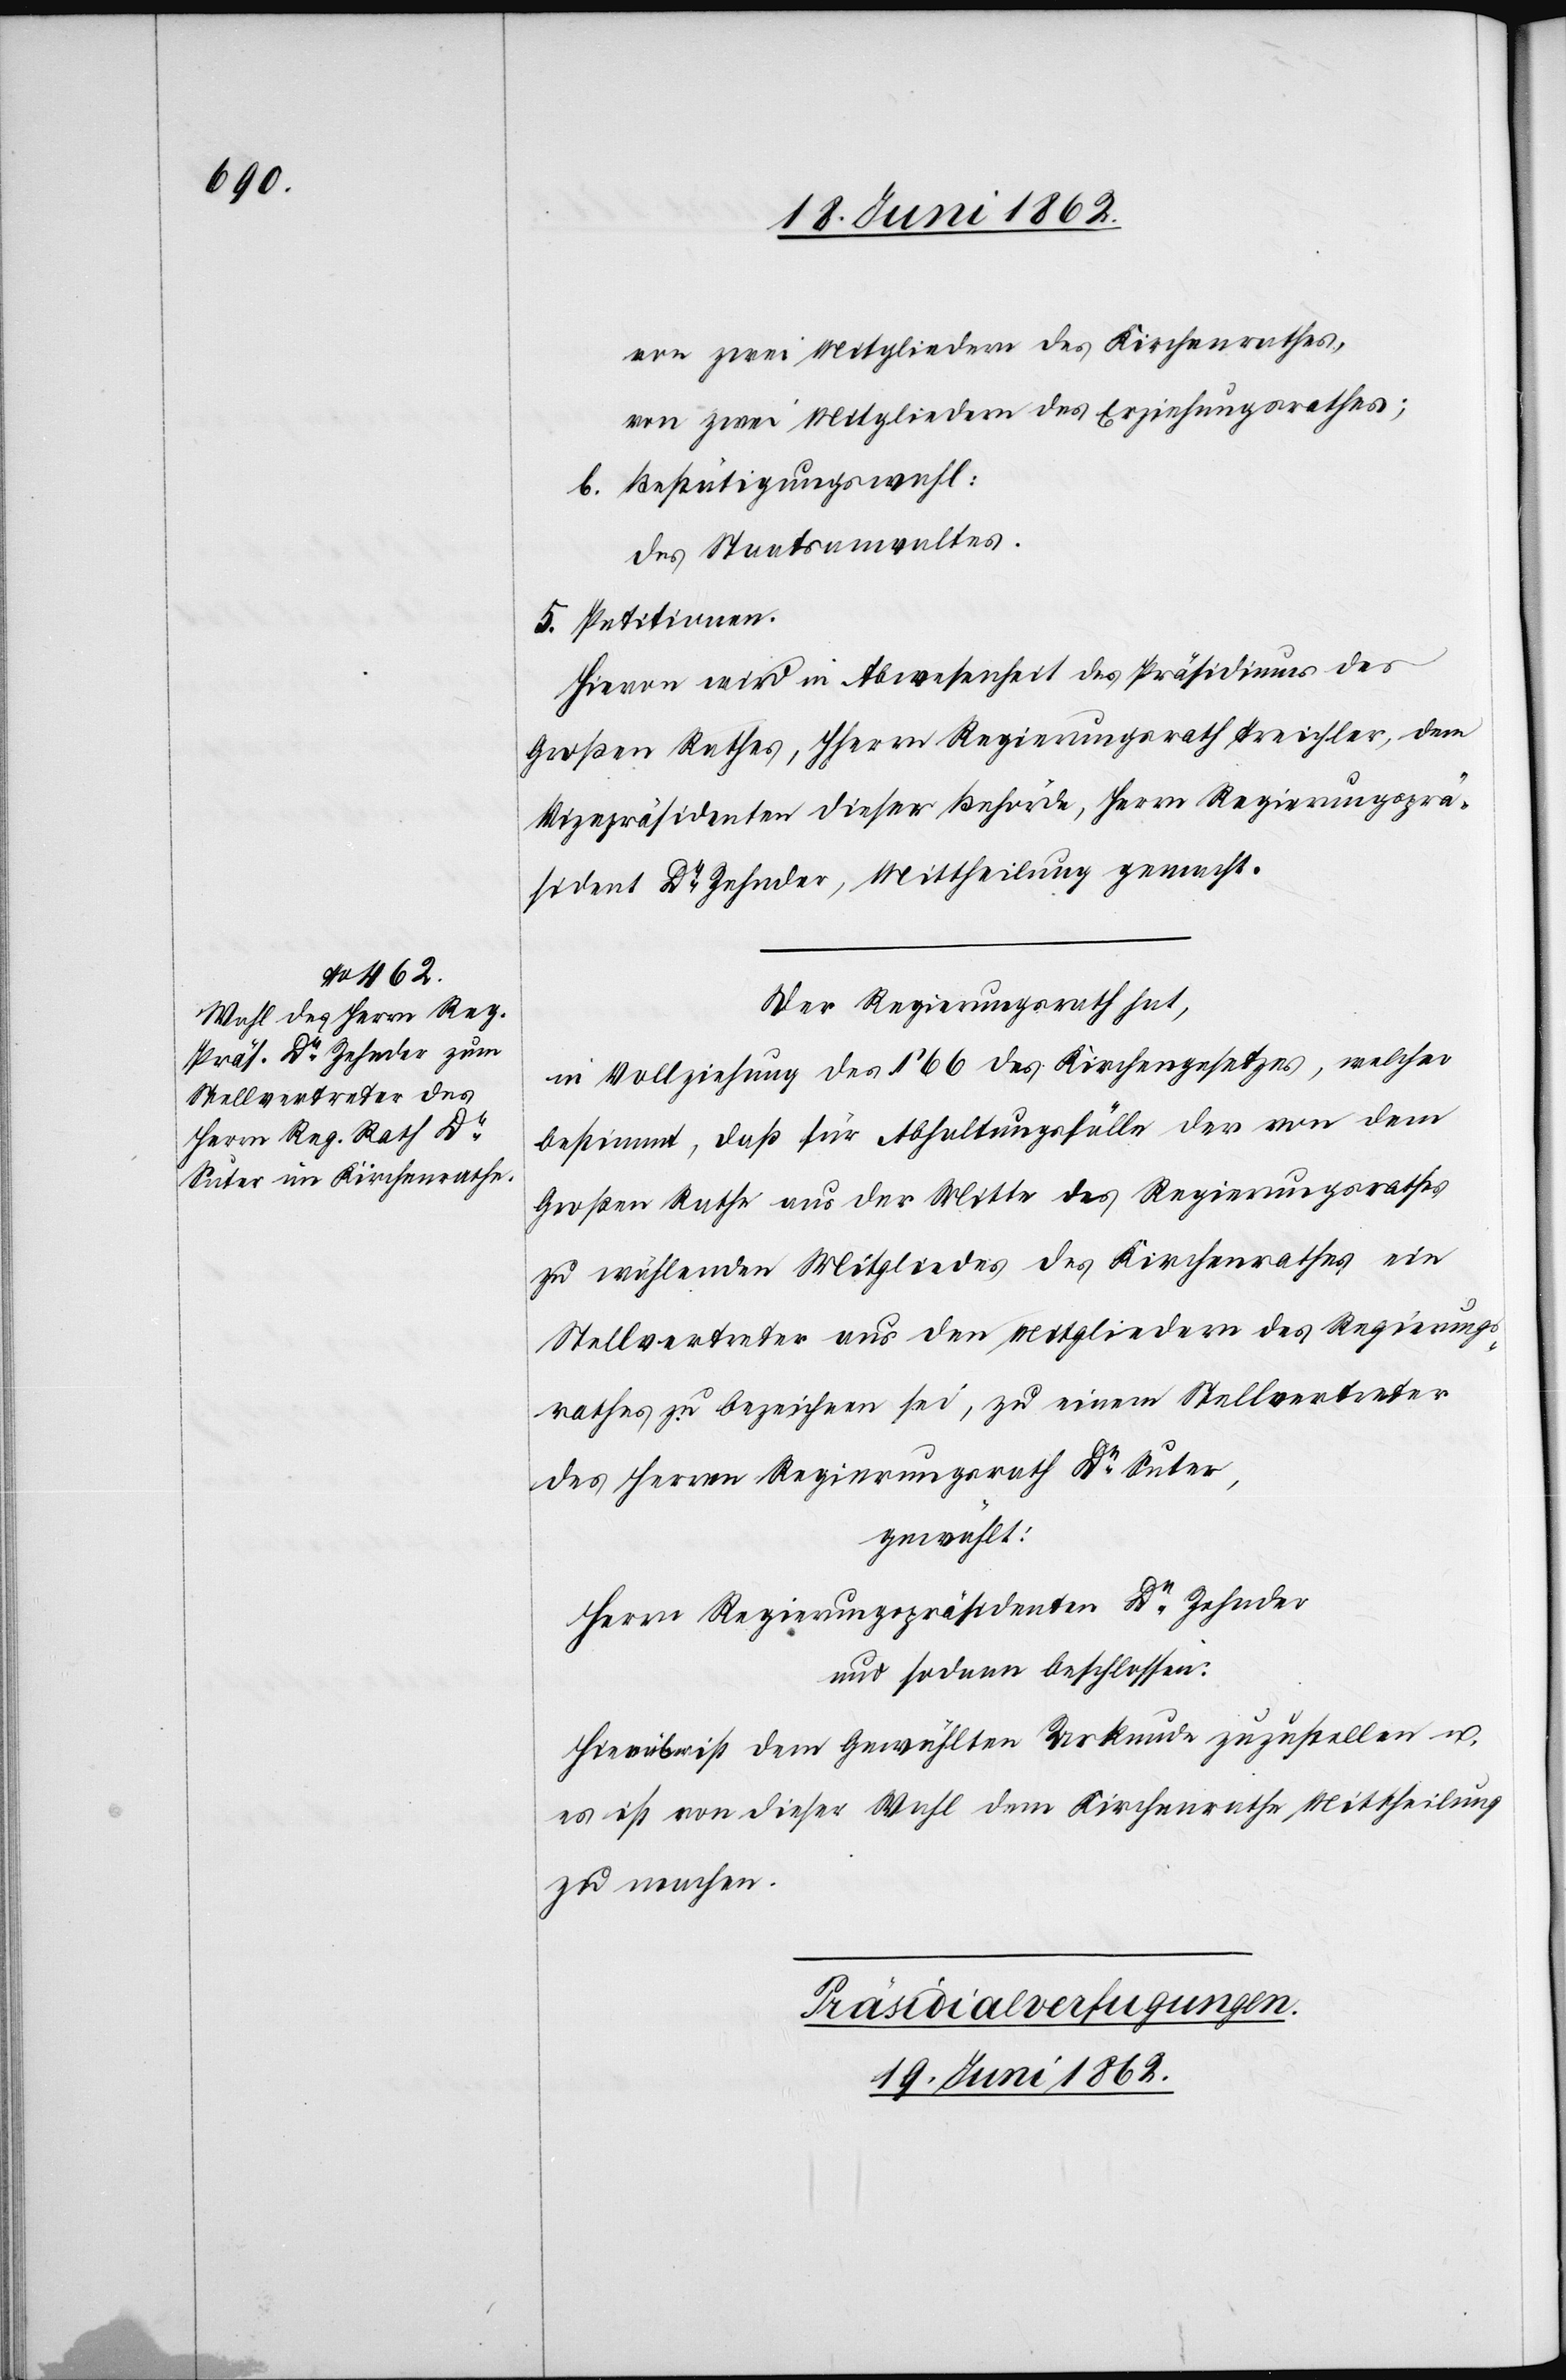
von zwei Mitgliedern des Kirchenrathes,
von zwei Mitgliedern des Erziehungsrathes;
b. Bestätigungswahl:
des Staatsanwaltes.
5. Petitionen.
Hievon wird in Abwesenheit des Präsidiums des
Großen Rathes, HHerrn Regierungsrath Treichler, dem
Vizepräsidenten dieser Behörde, Herrn Regierungsprä¬
sident Dr. Zehnder, Mittheilung gemacht.
Der Regierungsrath hat,
in Vollziehung des § 66 des Kirchenrathes, welcher
bestimmt, daß für Abhaltungsfälle der von dem
Großen Rathe aus der Mitte des Regierungsrathes
zu wählenden Mitgliedes des Kirchenrathes ein
Stellvertreter aus den Mitgliedern des Regierungs¬
rathes zu bezeichnen sei, zu einem Stellvertreter
des Herren Regierungsrath Dr. Suter,
gewählt:
Herrn Regierungspräsidenten Dr. Zehnder
und sodann beschlossen:
Hierüber ist dem Gewählten Urkunde zuzustellen u.
es ist von dieser Wahl dem Kirchenrathe Mittheilung
zu machen.
Präsidialverfugungen.
19. Juni 1862.